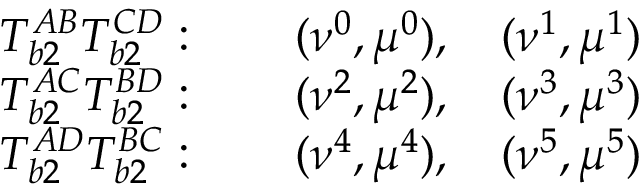
\begin{array} { c c } { T _ { b 2 } ^ { A B } T _ { b 2 } ^ { C D } : \qquad ( \nu ^ { 0 } , \mu ^ { 0 } ) , \quad ( \nu ^ { 1 } , \mu ^ { 1 } ) } \\ { T _ { b 2 } ^ { A C } T _ { b 2 } ^ { B D } : \qquad ( \nu ^ { 2 } , \mu ^ { 2 } ) , \quad ( \nu ^ { 3 } , \mu ^ { 3 } ) } \\ { T _ { b 2 } ^ { A D } T _ { b 2 } ^ { B C } : \qquad ( \nu ^ { 4 } , \mu ^ { 4 } ) , \quad ( \nu ^ { 5 } , \mu ^ { 5 } ) } \end{array}